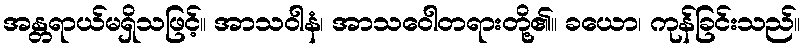
အန္တရာယ်မရှိသဖြင့်။ အာသဝါနံ၊ အာသဝေါတရားတို့၏။ ခယော၊ ကုန်ခြင်းသည်။